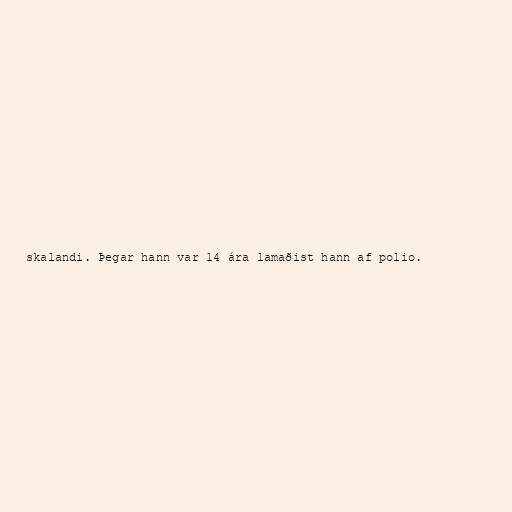
skalandi. Þegar hann var 14 ára lamaðist hann af polio.